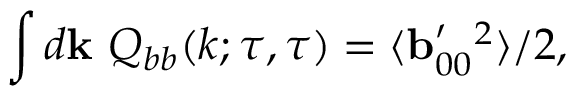
\int d { \bf { k } } \ Q _ { b b } ( k ; \tau , \tau ) = \langle { { \bf { b } } _ { 0 0 } ^ { \prime } { } ^ { 2 } } \rangle / 2 ,